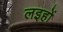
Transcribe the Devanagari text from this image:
लइहों